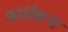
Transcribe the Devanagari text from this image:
फाउंडेशन्स